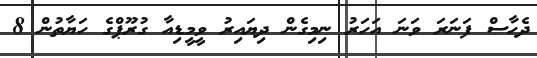
ދެހާސް ފަނަރަ ވަނަ އަހަރު ނިމިގެން ދިޔައިރު ވީމީޑިއާ ގުރޫޕްގެ ހަޔާތުން 8